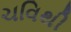
ચવિથી